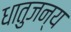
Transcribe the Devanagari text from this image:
धातुजन्य